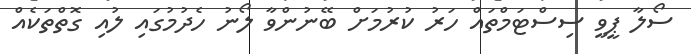
ސޯލާ ޕީވީ ސިސްޓަމްތައް ހަރު ކުރުމަށް ބޭނުންވާ ލޯނު ހެދުމުގައި ލުއި ގޮތްތަކެއް